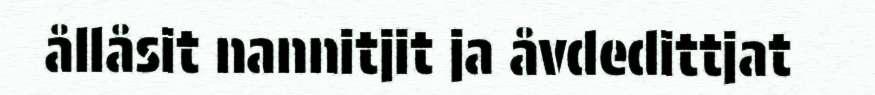
ållåsit nannitjit ja åvdedittjat